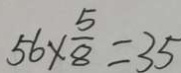
5 6 \times \frac { 5 } { 8 } = 3 5